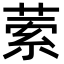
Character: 𦴃